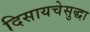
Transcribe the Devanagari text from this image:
दिसायचेसुद्धा